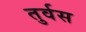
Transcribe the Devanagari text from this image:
तुर्वस